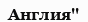
Англия''